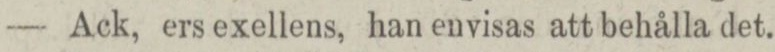
— Ack, ers exellens, han envisas att behålla det.